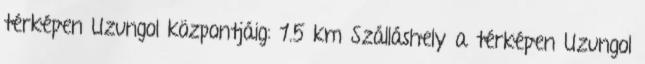
térképen Uzungol központjáig: 1.5 km Szálláshely a térképen Uzungol